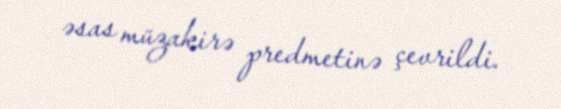
əsas müzakirə predmetinə çevrildi.